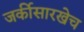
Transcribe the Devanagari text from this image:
जर्कीसारखेच